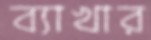
ব্যাখার